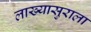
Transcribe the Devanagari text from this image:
लाख्यासुराला